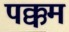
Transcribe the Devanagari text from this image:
पक्कम